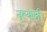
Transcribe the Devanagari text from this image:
नृत्यादी